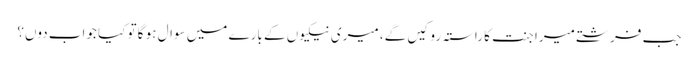
جب فرشتے میرا جنت کا راستہ روکیں گے، میری نیکیوں کے بارے میں سوال ہو گا تو کیا جواب دوں؟